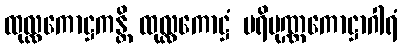
ထုလ္လကောဋ္ဌကန္တိ ထုလ္လကောဋ္ဌံ ပရိပုဏ္ဏကောဋ္ဌာဂါရံ